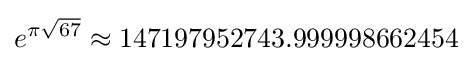
e^{\pi {\sqrt {67}}}\approx 147197952743.999998662454